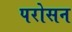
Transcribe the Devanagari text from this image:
परोसन